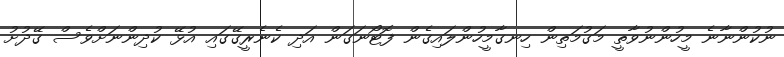
ނުކުންނާނެ މީހުންނުވާތީ މަގުމަތިން ހިނގާމީހުންލައިގެން ފޮޓޯނަގަން އަދި ކެނެރީގޭގައި އުޅޭ ކުދިންނަށްވެސް ގޭދުށު